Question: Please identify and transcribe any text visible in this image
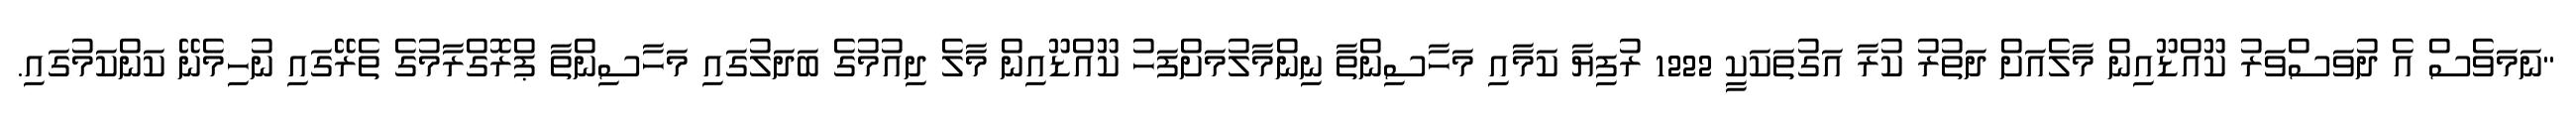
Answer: "ނަމަވެސް އެ ދުވަސްވަރު ކޫއްޑޫއިން މާލެއަށް ދަތުރު ކުރާ އަގުތަކަކީ 1222 ރުފިޔާ ކަމާއި މަހާސިންތާ ނިންމާލުމަށްފަހު ކޫއްޑޫއިން މާލެ ދިއުމުގެ ބަދަލުގައި މަހާސިންތާ ޕްރޮގްރާމުގެ ތެރޭގައި ނުހިމެނޭ ކަންކަމުގައި.